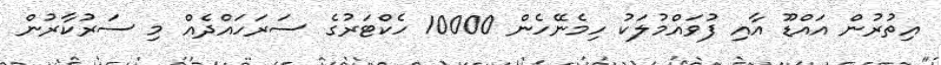
އިތުރުން އައްޑޫ އާއި ފުވައްމުލަކު ހިމެނޭހެން 10000 ހެކްޓަރުގެ ސަރަހައްދެއް މި ސަރުކާރުން